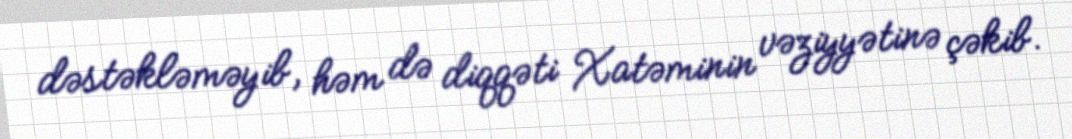
dəstəkləməyib, həm də diqqəti Xatəminin vəziyyətinə çəkib.